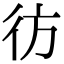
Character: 彷